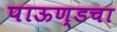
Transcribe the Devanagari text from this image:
पाऊण्डचा